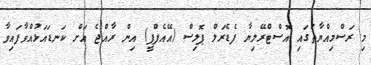
މި ރަސްމިއްޔާތުގައި އޮސްޓްރޭލިޔާ ފެޑެރަލް ޕޮލިސް (އޭއެފްޕީ) އިން ރާއްޖެ އަށް ކަނޑައަޅުއްވާފައިވާ